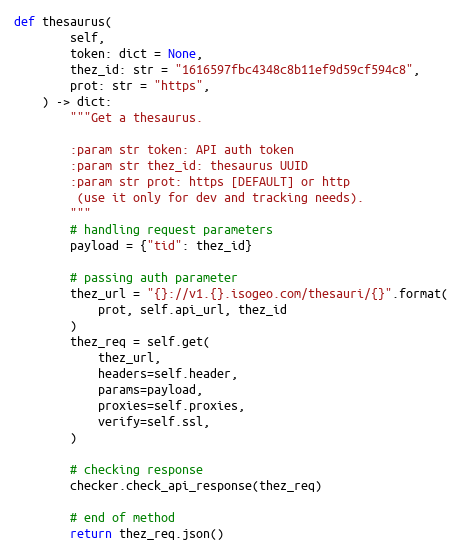
Language: Python
def thesaurus(
        self,
        token: dict = None,
        thez_id: str = "1616597fbc4348c8b11ef9d59cf594c8",
        prot: str = "https",
    ) -> dict:
        """Get a thesaurus.

        :param str token: API auth token
        :param str thez_id: thesaurus UUID
        :param str prot: https [DEFAULT] or http
         (use it only for dev and tracking needs).
        """
        # handling request parameters
        payload = {"tid": thez_id}

        # passing auth parameter
        thez_url = "{}://v1.{}.isogeo.com/thesauri/{}".format(
            prot, self.api_url, thez_id
        )
        thez_req = self.get(
            thez_url,
            headers=self.header,
            params=payload,
            proxies=self.proxies,
            verify=self.ssl,
        )

        # checking response
        checker.check_api_response(thez_req)

        # end of method
        return thez_req.json()